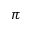
\pi